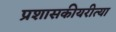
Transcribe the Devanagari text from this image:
प्रशासकीयरीत्या